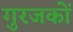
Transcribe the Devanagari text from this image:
गुरजकों